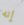
إنه